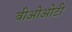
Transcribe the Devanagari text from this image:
बीओओटी